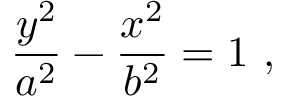
{ \frac { y ^ { 2 } } { a ^ { 2 } } } - { \frac { x ^ { 2 } } { b ^ { 2 } } } = 1 \ ,